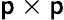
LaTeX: \mathsf{p}\times\mathsf{p}